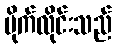
ပိုက်လိုင်းသည်